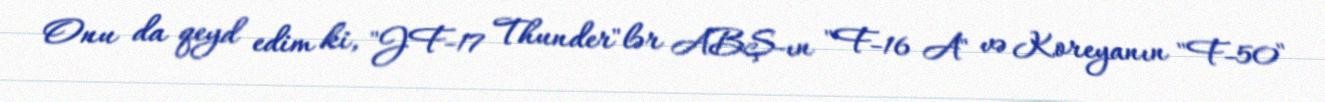
Onu da qeyd edim ki, "JF-17 Thunder"lər ABŞ-ın "F-16 A" və Koreyanın "F-50"